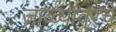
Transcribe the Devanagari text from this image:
जाळ्यांवरचे